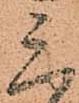
三